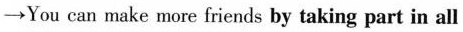
\to You can make more friends by taking part in